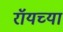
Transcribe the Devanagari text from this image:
रॉयच्या